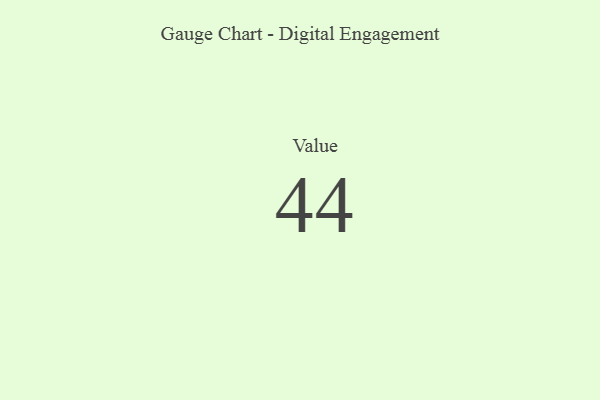
{"axis": {"x": "Metric", "y": "Value"}, "legend": [""], "data": [{"x": "Value", "y": 44, "type": ""}]}